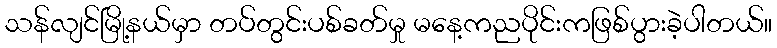
သန်လျင်မြို့နယ်မှာ တပ်တွင်းပစ်ခတ်မှု မနေ့ကညပိုင်းကဖြစ်ပွားခဲ့ပါတယ်။